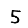
Digit: 5